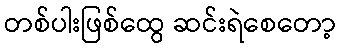
တစ်ပါးဖြစ်ထွေ ဆင်းရဲစေတော့